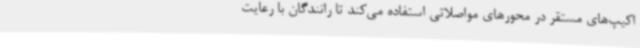
اکیپ‌های مستقر در محورهای مواصلاتی استفاده می‌کند تا رانندگان با رعایت